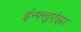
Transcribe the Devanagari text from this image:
इंन्फ्लुएंझा